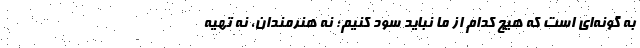
به گونه‌ای است که هیچ کدام از ما نباید سود کنیم؛ نه هنرمندان، نه تهیه